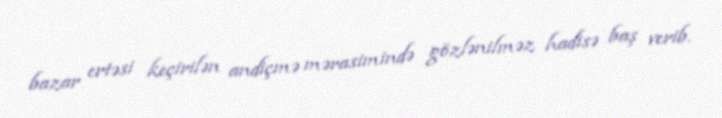
bazar ertəsi keçirilən andiçmə mərasimində gözlənilməz hadisə baş verib.